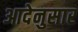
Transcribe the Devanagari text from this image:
आदेनुसार